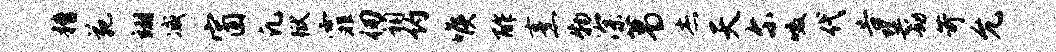
糟苑翊减窗凡狱霏仞祠约喉酢烹物深葛杰天尔啜代告巽劫苛允